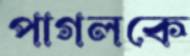
পাগলকে